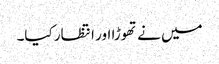
میں نے تھوڑا اور انتظار کیا۔